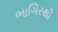
ભાગિરથી